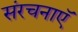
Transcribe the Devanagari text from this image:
संरचनाएॅ